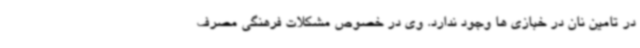
در تامین نان در خبازی ها وجود ندارد. وی در خصوص مشکلات فرهنگی مصرف